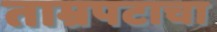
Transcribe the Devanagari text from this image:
ताम्रपटाचा